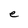
Character: e